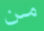
من